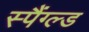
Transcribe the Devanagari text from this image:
स्पैंग्ल्ड